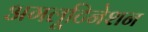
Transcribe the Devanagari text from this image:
अगलूटिनेशन